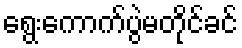
ရွေးကောက်ပွဲမတိုင်ခင်